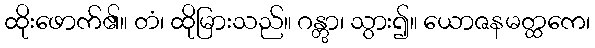
ထိုးဖောက်၏။ တံ၊ ထိုမြားသည်။ ဂန္တွာ၊ သွား၍။ ယောဇနမတ္ထကေ၊